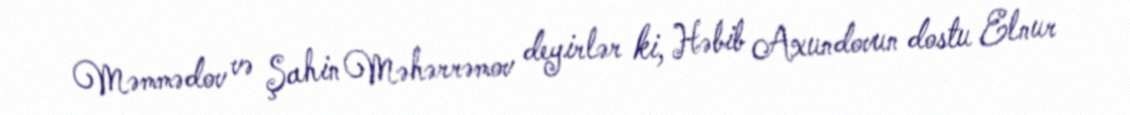
Məmmədov və Şahin Məhərrəmov deyirlər ki, Həbib Axundovun dostu Elnur